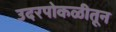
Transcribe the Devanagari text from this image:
उदरपोकळीतून